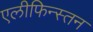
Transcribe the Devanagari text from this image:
एलीफिन्स्तन